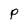
Character: P